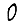
Digit: 0